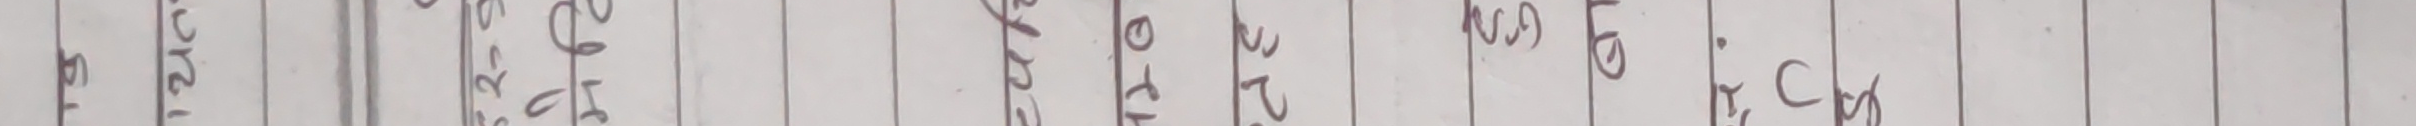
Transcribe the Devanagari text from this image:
१८ १२
१८ १०
२१ ५०
२५ ४०
२९ ३०
३० २०
३२ १०
३५ ०
३८ ५०
४० ४०
४२ ३०
४५ २०
४८ १०
५० ०
५० ०
रिमा टो